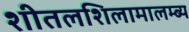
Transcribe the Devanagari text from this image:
शीतलशिलामालम्ब्य